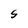
Character: S